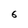
Character: 6